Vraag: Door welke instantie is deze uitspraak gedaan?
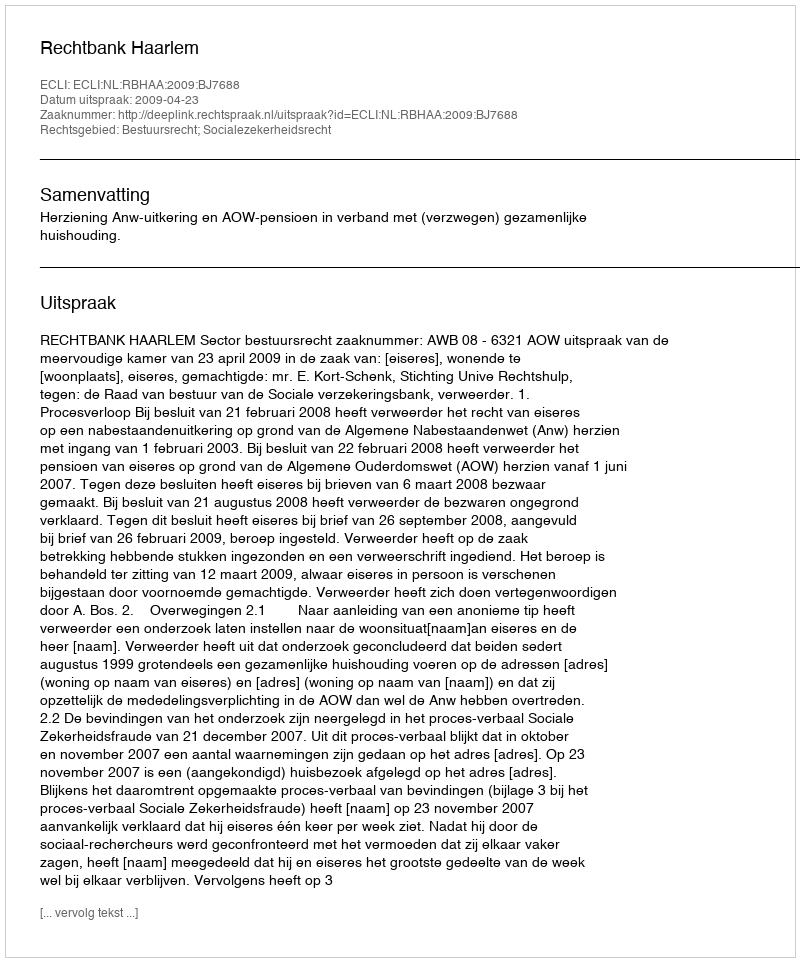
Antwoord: Rechtbank Haarlem